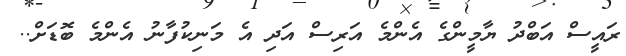
ރައީސް އަބްދު ޔާމީންގެ އެންމެ އަރިސް އަދި އެ މަނިކުފާނު އެންމެ ބޮޑަށް..